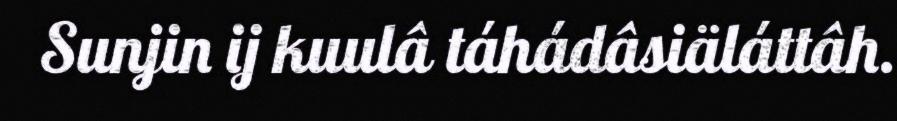
Sunjin ij kuulâ táhádâsiäláttâh.